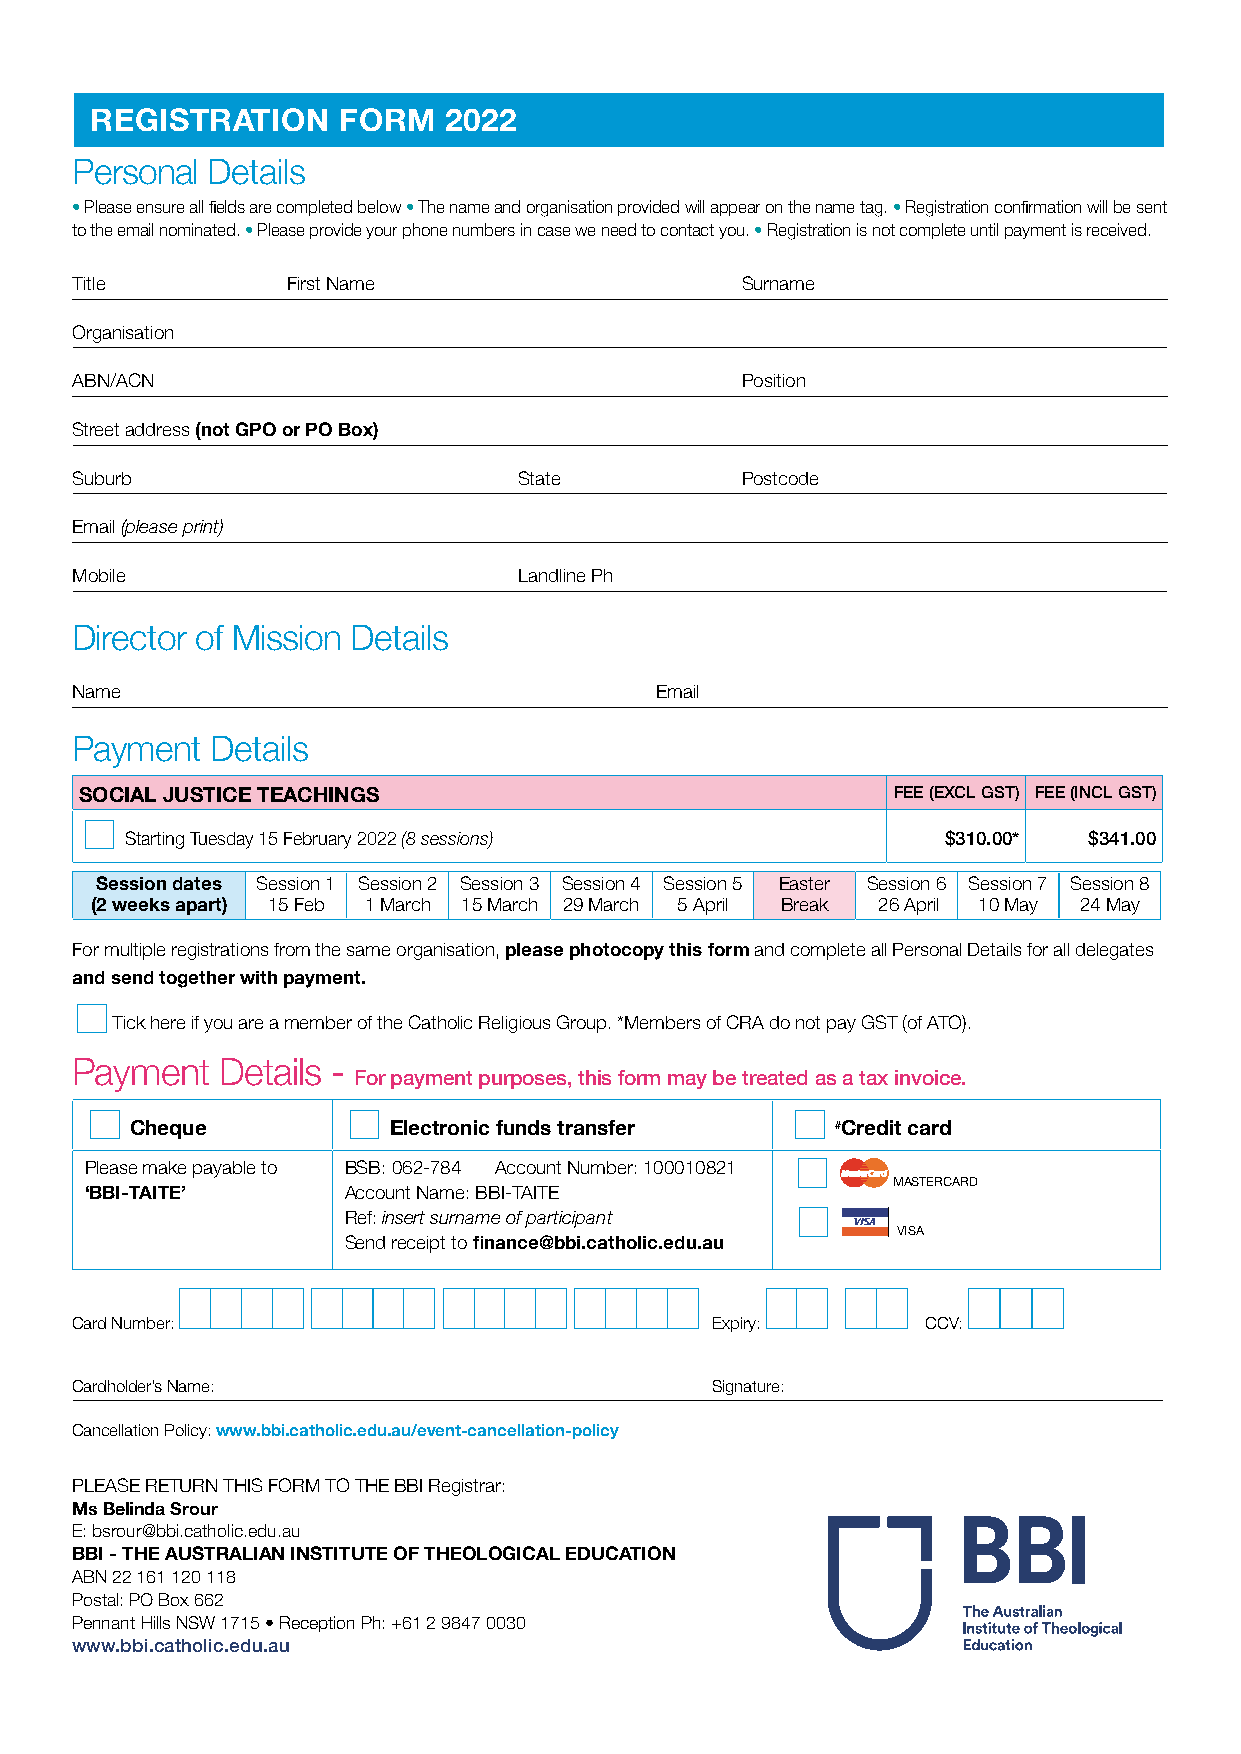
reGISTrATIOn    fOrM   2022
 Personal Details
 • Please ensure all fields are completed below • The name and organisation provided will appear on the name tag. • Registration confirmation will be sent
 to the email nominated. • Please provide your phone numbers in case we need to contact you. • Registration is not complete until payment is received.
 Title         First Name                    Surname
 Organisation
 ABN/ACN                                     Position
 Street address (not GPO or PO Box)
 Suburb                       State          Postcode
 Email (please print)
 Mobile                       Landline Ph
 Director of Mission Details
 Name                                  Email
 Payment  Details
 SOCIAl JuSTICe TeAChInGS                              Fee (eXcl GST) Fee (incl GST)
 Starting Tuesday 15 February 2022 (8 sessions)        $310.00*  $341.00
 Session dates Session 1 Session 2 Session 3 Session 4 Session 5 Easter Session 6 Session 7 Session 8
 (2 weeks apart) 15 Feb 1 March 15 March 29 March 5 April Break 26 April 10 May 24 May
 For multiple registrations from the same organisation, please photocopy this form and complete all Personal Details for all delegates
 and send together with payment.
 Tick here if you are a member of the Catholic Religious Group. *Members of CRA do not pay GST (of ATO).
 Payment   Details -
 For payment purposes, this form may be treated as a tax invoice.
 Cheque           electronic funds transfer    #Credit card
 Please make payable to BSB: 062-784 Account Number: 100010821
 MASTERCARD
 ‘BBI-TAITe’      Account Name: BBI-TAITE
 Ref: insert surname of participant
 VISA
 Send receipt to finance@bbi.catholic.edu.au
 Card Number:                              Expiry:       CCV:
 Cardholder’s Name:                        Signature:
 Cancellation Policy: www.bbi.catholic.edu.au/event-cancellation-policy
 PLEASE RETURN THIS FORM TO THE BBI Registrar:
 Ms Belinda Srour
 E: bsrour@bbi.catholic.edu.au
 BBI - The AuSTrAlIAn InSTITuTe Of TheOlOGICAl eDuCATIOn
 ABN 22 161 120 118
 Postal: PO Box 662
 Pennant Hills NSW 1715 • Reception Ph: +61 2 9847 0030
 www.bbi.catholic.edu.au